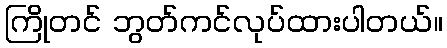
ကြိုတင် ဘွတ်ကင်လုပ်ထားပါတယ်။